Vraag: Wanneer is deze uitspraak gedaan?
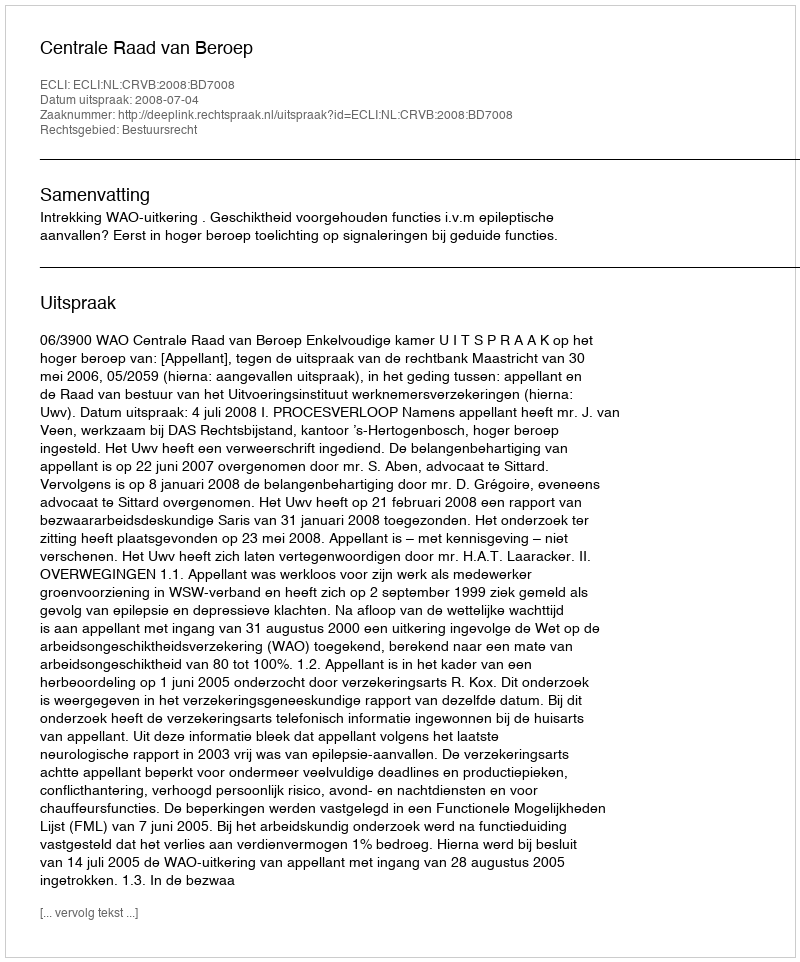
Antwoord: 2008-07-04